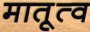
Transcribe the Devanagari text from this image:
मातृ्त्व